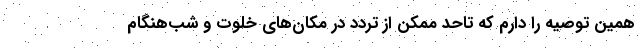
همین توصیه را دارم که تاحد ممکن از تردد در مکان‌های خلوت و شب‌هنگام